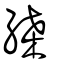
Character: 縔